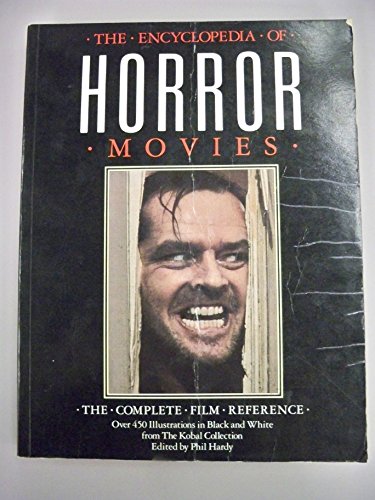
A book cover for The Encyclopedia of Horror Movies: The Complete Film Reference; Tom Milne; Humor & Entertainment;